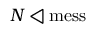
N \triangleleft { \mathrm { m e s s } }